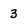
Character: 3